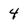
Character: 4